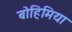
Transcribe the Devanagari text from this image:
बोहिमिया